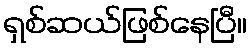
ရှစ်ဆယ်ဖြစ်နေပြီ။